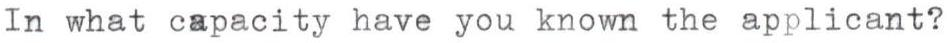
In what capacity have you known the applicant?